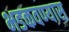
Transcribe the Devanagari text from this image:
भडकवण्यास